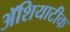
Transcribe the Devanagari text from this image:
ॲशियाटीक